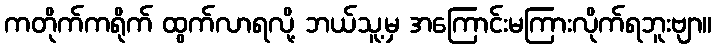
ကတိုက်ကရိုက် ထွက်လာရလို့ ဘယ်သူ့မှ အကြောင်းမကြားလိုက်ရဘူးဗျာ။